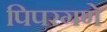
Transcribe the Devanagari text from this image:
पिपरगणे